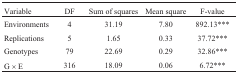
<table><thead><tr><td><b>Variable</b></td><td><b>DF</b></td><td><b>Sum ofsquares</b></td><td><b>Mean square</b></td><td><b>F-value</b></td></tr></thead><tbody><tr><td>Environments</td><td>4</td><td>31.19</td><td>7.80</td><td>892.13***</td></tr><tr><td>Replications</td><td>5</td><td>1.65</td><td>0.33</td><td>37.72***</td></tr><tr><td>Genotypes</td><td>79</td><td>22.69</td><td>0.29</td><td>32.86***</td></tr><tr><td>G × E</td><td>316</td><td>18.09</td><td>0.06</td><td>6.72***</td></tr></tbody></table>